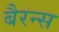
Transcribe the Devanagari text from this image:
बैरन्स